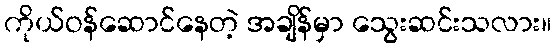
ကိုယ်ဝန်ဆောင်နေတဲ့ အချိန်မှာ သွေးဆင်းသလား။